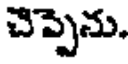
చెప్పెను.